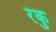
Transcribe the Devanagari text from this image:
रंकु